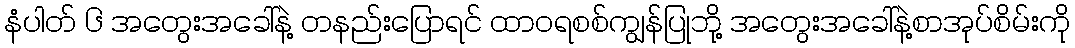
နံပါတ် ၆ အတွေးအခေါ်နဲ့ တနည်းပြောရင် ထာဝရစစ်ကျွန်ပြုဘို့ အတွေးအခေါ်နဲ့စာအုပ်စိမ်းကို